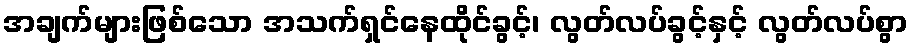
အချက်များဖြစ်သော အသက်ရှင်နေထိုင်ခွင့်၊ လွတ်လပ်ခွင့်နှင့် လွတ်လပ်စွာ